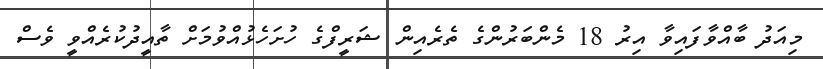
މިއަދު ބާއްވާފައިވާ އިރު 18 މެންބަރުންގެ ތެރެއިން ޝަރީފްގެ ހުށަހެޅުއްވުމަށް ތާއީދުކުރެއްވީ ވެސް